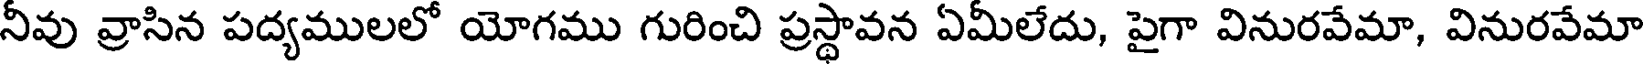
నీవు వ్రాసిన పద్యములలో యోగము గురించి ప్రస్థావన ఏమీలేదు, పైగా వినురవేమా, వినురవేమా